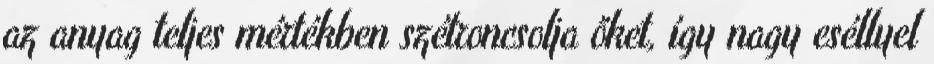
az anyag teljes mértékben szétroncsolja őket, így nagy eséllyel